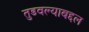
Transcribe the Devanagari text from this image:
तुडवल्याबद्दल